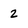
Character: 2